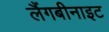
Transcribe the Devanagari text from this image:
लैंगबीनाइट